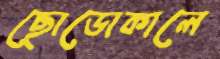
ছোডোকালে